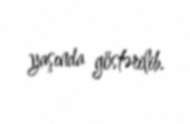
yaşında göstərilib.